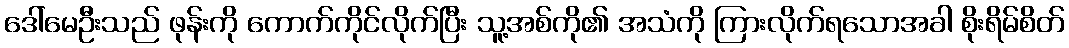
ဒေါ်မေဦးသည် ဖုန်းကို ကောက်ကိုင်လိုက်ပြီး သူ့အစ်ကို၏ အသံကို ကြားလိုက်ရသောအခါ စိုးရိမ်စိတ်